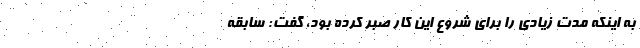
به اینکه مدت زیادی را برای شروع این کار صبر کرده بود، گفت: سابقه